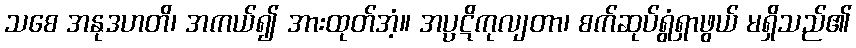
သစေ အနုဒဟတိ၊ အကယ်၍ အားထုတ်အံ့။ အပ္ပဋိကုလျတာ၊ စက်ဆုပ်ရွံရှာဖွယ် မရှိသည်၏